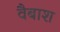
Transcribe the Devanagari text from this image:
वैबाश